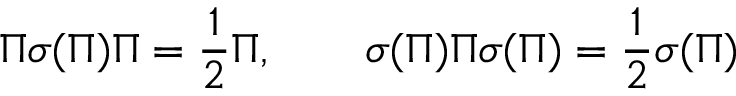
\Pi \sigma ( \Pi ) \Pi = \frac { 1 } { 2 } \Pi , \qquad \sigma ( \Pi ) \Pi \sigma ( \Pi ) = \frac { 1 } { 2 } \sigma ( \Pi )